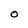
Character: O